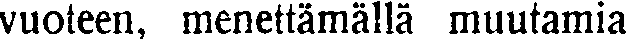
vuoteen, menettämällä muutamia